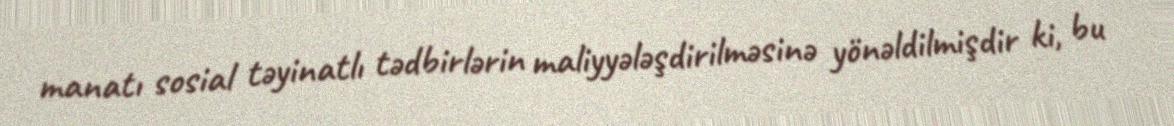
manatı sosial təyinatlı tədbirlərin maliyyələşdirilməsinə yönəldilmişdir ki, bu